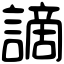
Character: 謫